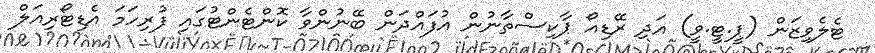
ޓެލެވިޒަން (ޕީ.ޓީ.ވީ) އަދި ރޭޑިއޯ ޕާކިސްތާނުން އުފައްދަން ބޭނުންވާ ކޮންޓެންޓުގައި ފުރިހަމަ އެޑިޓޯރިއަލް